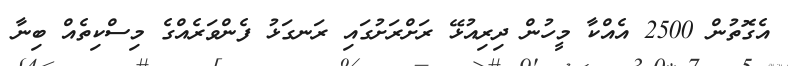
އެގޮތުން 2500 އެއްކާ މީހުން ދިރިއުޅޭ ރަށްރަށުގައި ރަނގަޅު ފެންވަރެއްގެ މިސްކިތެއް ބިނާ